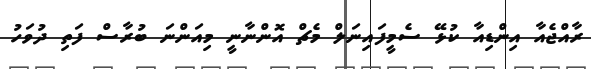
ރާއްޖެއާ އިންޑިއާ ކުޅޭ ސެމީފައިނަލް މެޗް އޮންނާނީ މިއަންނަ ބުރާސް ފަތި ދުވަހު